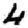
Digit: 4